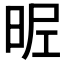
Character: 𣆓